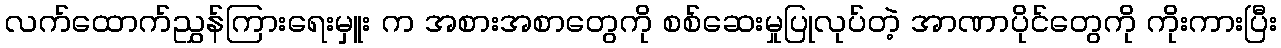
လက်ထောက်ညွှန်ကြားရေးမှူး က အစားအစာတွေကို စစ်ဆေးမှုပြုလုပ်တဲ့ အာဏာပိုင်တွေကို ကိုးကားပြီး